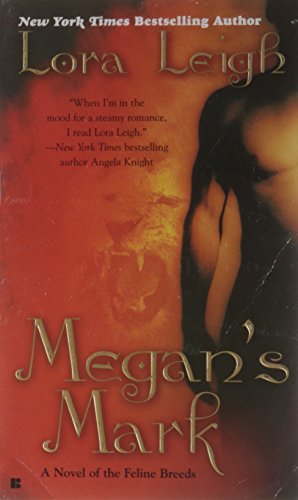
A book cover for Megan's Mark (The Breeds, Book 1); Lora Leigh; Science Fiction & Fantasy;